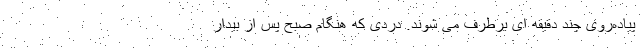
پیاده‌روی چند دقیقه ای برطرف می شوند. دردی که هنگام صبح پس از بیدار